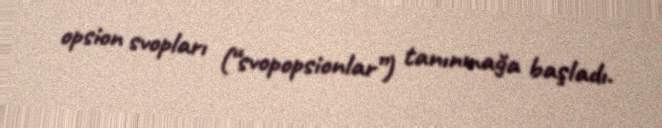
opsion svopları (“svopopsionlar”) tanınmağa başladı.